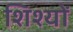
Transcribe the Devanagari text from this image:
शिश्यों